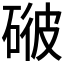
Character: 𥓳